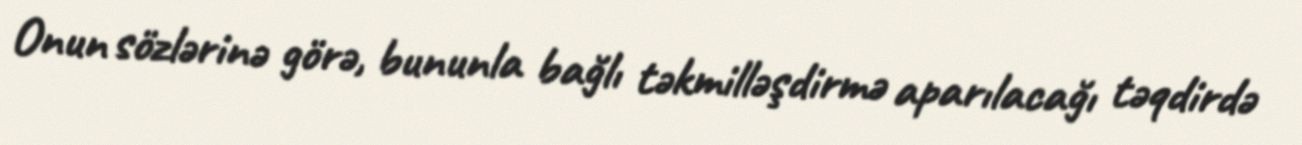
Onun sözlərinə görə, bununla bağlı təkmilləşdirmə aparılacağı təqdirdə